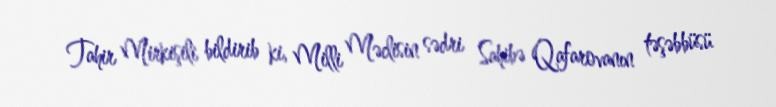
Tahir Mirkişili bildirib ki, Milli Məclisin sədri Sahibə Qafarovanın təşəbbüsü